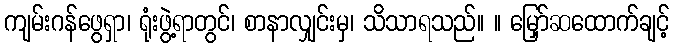
ကျမ်းဂန်ဖွေရှာ၊ ရုံးဖွဲ့ရာတွင်၊ စာနာလျှင်းမှ၊ သိသာရသည်။ ။ မြှော်ဆထောက်ချင့်